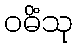
ဝဓိံသု